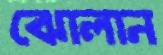
ঝোলান